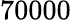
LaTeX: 70000